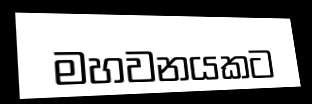
මහවනයකට